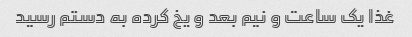
غذا یک ساعت و نیم بعد و یخ کرده به دستم رسید